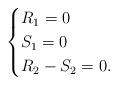
LaTeX: \begin{align*}\begin{cases}R_1=0\\S_1=0\\R_2-S_2=0.\end{cases}\end{align*}